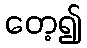
တေ့၍